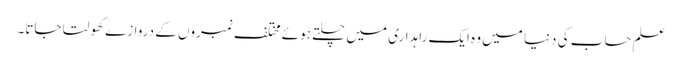
علمِ حساب کی دنیا میں وہ ایک راہداری میں چلتے ہوئے مختلف نمبروں کے دروازے کھولتا جاتا۔